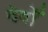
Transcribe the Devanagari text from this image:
देवोँ